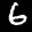
Label: 6